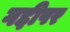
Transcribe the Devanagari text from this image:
गद्दीपर